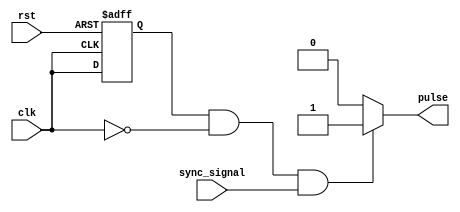
module falling_edge_pulse_generator(
    input clk,
    input rst,
    input sync_signal,
    output reg pulse
);

reg prev_clk;

// Timing control block
always @(posedge clk or posedge rst) begin
    if (rst) begin
        prev_clk <= 0;
    end else begin
        prev_clk <= clk;
    end
end

// Synchronization block
always @* begin
    if (prev_clk && !clk && sync_signal) begin
        pulse <= 1;
    end else begin
        pulse <= 0;
    end
end

endmodule